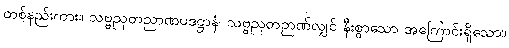
တစ်နည်းကား။ သဗ္ဗညုတညာဏပဒဋ္ဌာနံ၊ သဗ္ဗညုတဉာဏ်လျှင် နီးစွာသော အကြောင်းရှိသော။